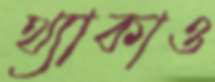
থ্যাকাও